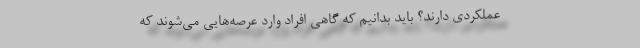
عملکردی دارند؟ باید بدانیم که گاهی افراد وارد عرصه‌هایی می‌شوند که